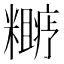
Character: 𬖼